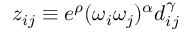
z _ { i j } \equiv e ^ { \rho } ( \omega _ { i } \omega _ { j } ) ^ { \alpha } d _ { i j } ^ { \gamma }